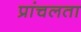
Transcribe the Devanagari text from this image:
प्रांचलता